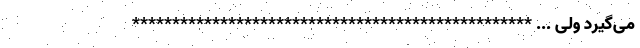
می‌گیرد ولی ... **************************************************